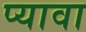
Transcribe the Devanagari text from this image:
प्यावा